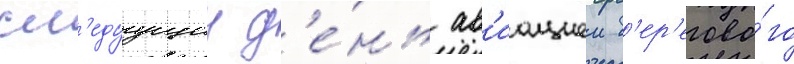
сл'едуущии д'е́нь ав'иациеи б'ер'егово́го